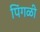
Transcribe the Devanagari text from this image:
पिंगळी